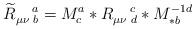
LaTeX: \begin{align*}\widetilde{R}_{\mu \nu \,\,b}^{\quad a}=M_{c}^{a}\ast R_{\mu \nu\,\,d}^{\quad c}\ast M_{\ast b}^{-1d}\end{align*}